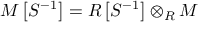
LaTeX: M \left[ S ^ { - 1 } \right] = R \left[ S ^ { - 1 } \right] \otimes _ { R } M